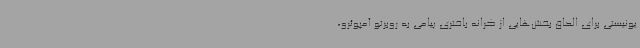
یونیستی برای الحاق بخش‌هایی از کرانه باختری پیامی به روبرتو آمپوئرو،